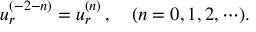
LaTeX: u _ { r } ^ { ( - 2 - n ) } = u _ { r } ^ { ( n ) } \, , \quad ( n = 0 , 1 , 2 , \cdots ) .